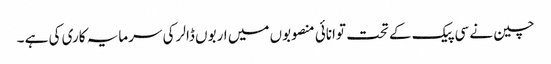
چین نے سی پیک کے تحت توانائی منصوبوں میں اربوں ڈالر کی سرمایہ کاری کی ہے ۔